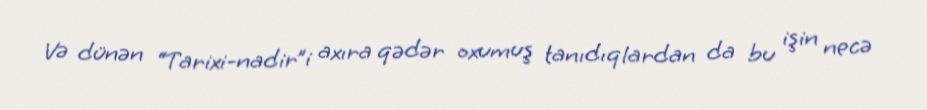
Və dünən “Tarixi-nadir”i axıra qədər oxumuş tanıdıqlardan da bu işin necə